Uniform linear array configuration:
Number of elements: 32
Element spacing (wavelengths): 0.5
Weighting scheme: uniform
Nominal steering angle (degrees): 30
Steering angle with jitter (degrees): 29.848
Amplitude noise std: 0.05
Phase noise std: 0.05

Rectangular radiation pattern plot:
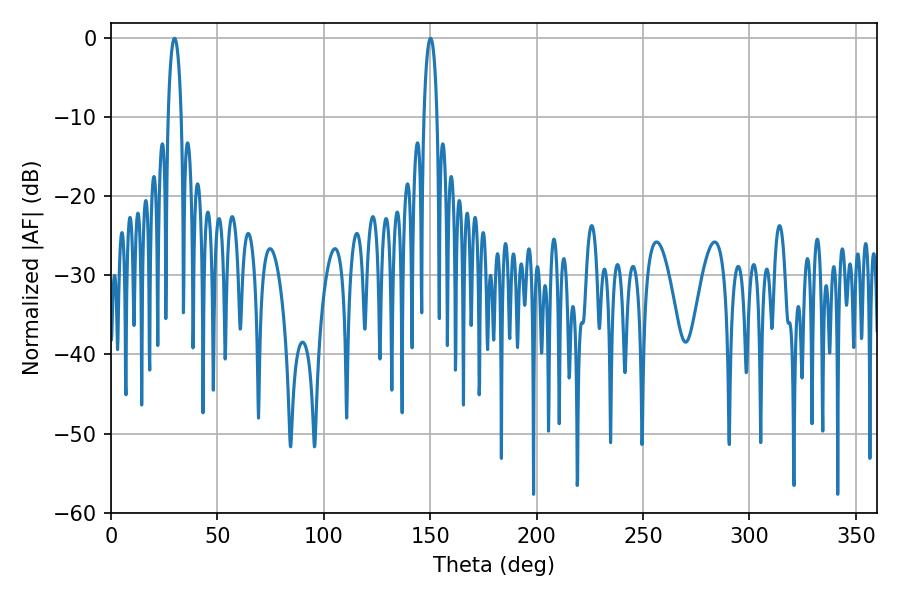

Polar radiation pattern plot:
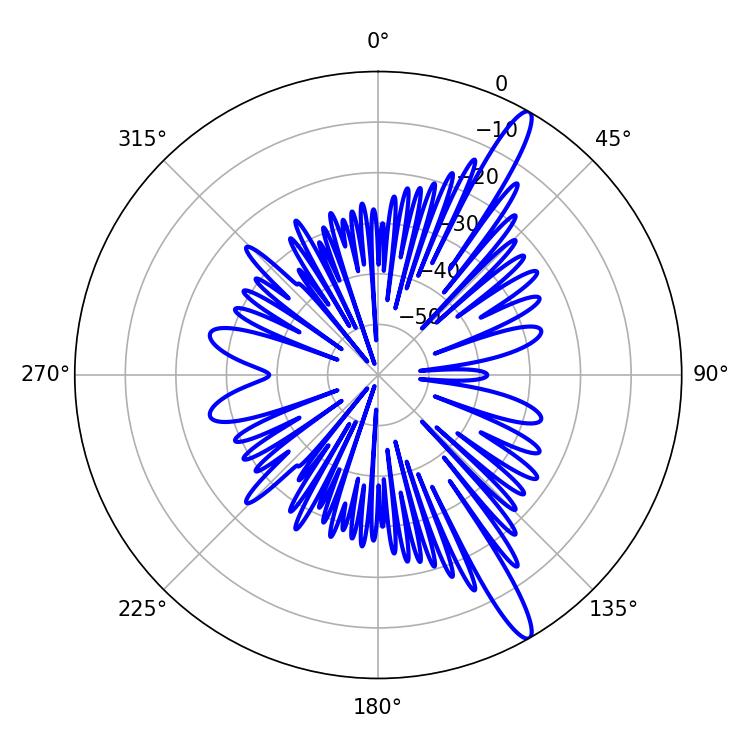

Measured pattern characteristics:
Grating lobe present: FALSE
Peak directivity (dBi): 14.546
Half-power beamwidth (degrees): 3.6
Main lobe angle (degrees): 29.88